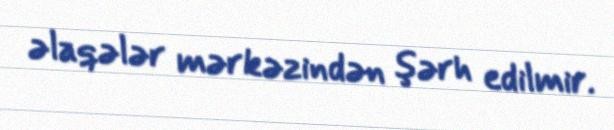
əlaqələr mərkəzindən şərh edilmir.